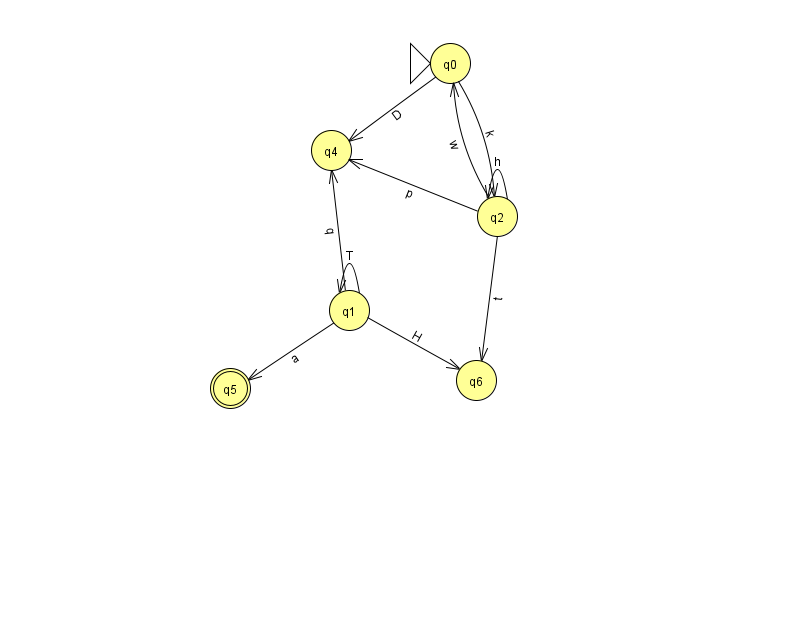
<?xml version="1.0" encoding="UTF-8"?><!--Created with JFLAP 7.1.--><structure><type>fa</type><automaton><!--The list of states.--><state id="0" name="q0"><x>450.0</x><y>50.0</y><initial/></state><state id="1" name="q1"><x>349.0</x><y>297.0</y></state><state id="2" name="q2"><x>497.0</x><y>203.0</y></state><state id="3" name="q3"><x>864.0</x><y>156.0</y></state><state id="4" name="q4"><x>331.0</x><y>137.0</y></state><state id="5" name="q5"><x>230.0</x><y>375.0</y><final/></state><state id="6" name="q6"><x>476.0</x><y>367.0</y></state><!--The list of transitions.--><transition><from>0</from><to>4</to><read>D</read></transition><transition><from>1</from><to>1</to><read>T</read></transition><transition><from>1</from><to>5</to><read>a</read></transition><transition><from>2</from><to>0</to><read>w</read></transition><transition><from>2</from><to>4</to><read>p</read></transition><transition><from>2</from><to>2</to><read>h</read></transition><transition><from>0</from><to>2</to><read>k</read></transition><transition><from>1</from><to>6</to><read>H</read></transition><transition><from>1</from><to>4</to><read>q</read></transition><transition><from>3</from><to>3</to><read>M</read></transition><transition><from>2</from><to>6</to><read>t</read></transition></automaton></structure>